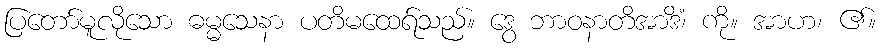
ပြတော်မူလိုသော ဓမ္မသေနာ ပတိမထေရ်သည်။ ဒွေ ဘာဝနာတိအာဒိံ၊ ကို။ အာဟ၊ ၏။